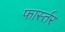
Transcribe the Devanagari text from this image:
फार्स्तर